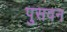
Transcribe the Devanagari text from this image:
पुसवन